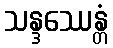
သန္ဒဿေန္တံ